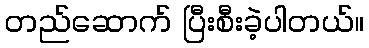
တည်ဆောက် ပြီးစီးခဲ့ပါတယ်။